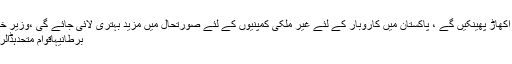
بد عنوانی جڑ سے اکھاڑ پھینکیں گے ،ْ پاکستان میں کاروبار کے لئے غیر ملکی کمپنیوں کے لئے صورتحال میں مزید بہتری لائی جائے گی ،ْوزیر خارجہ شاہ محمود ..
برطانیہاقوام متحدہڈالریورپی یونینجرمنی